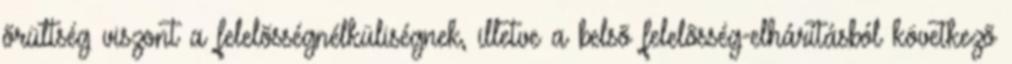
õrültség viszont a felelõsségnélküliségnek, illetve a belsõ felelõsség-elhárításból következõ